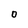
Character: O